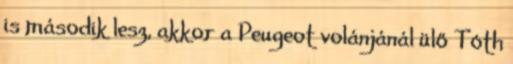
is második lesz, akkor a Peugeot volánjánál ülő Tóth